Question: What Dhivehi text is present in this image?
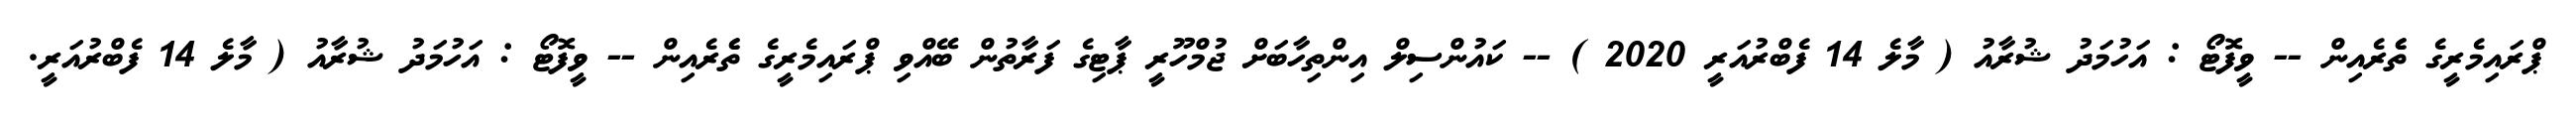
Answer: ޕްރައިމެރީގެ ތެެރެއިން -- ވީފޮޓޯ : އަހުމަދު ޝުރާއު ( މާލެ 14 ފެބްރުއަރީ 2020 ) -- ކައުންސިލް އިންތިހާބަށް ޖުމްހޫރީ ޕާޓިގެ ފަރާތުން ބޭއްވި ޕްރައިމެރީގެ ތެެރެއިން -- ވީފޮޓޯ : އަހުމަދު ޝުރާއު ( މާލެ 14 ފެބްރުއަރީ.